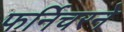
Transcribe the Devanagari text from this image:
फर्निचरने